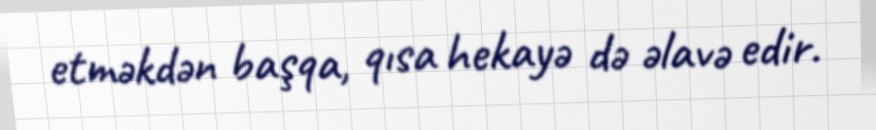
etməkdən başqa, qısa hekayə də əlavə edir.